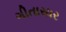
ગીતાસાર